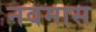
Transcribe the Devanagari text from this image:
नवमास